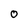
Character: O